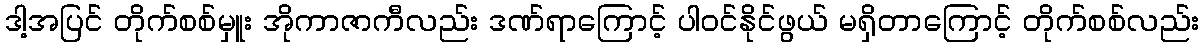
ဒါ့အပြင် တိုက်စစ်မှူး အိုကာဇာကီလည်း ဒဏ်ရာကြောင့် ပါဝင်နိုင်ဖွယ် မရှိတာကြောင့် တိုက်စစ်လည်း